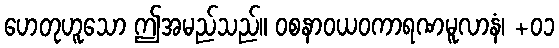
ဟေတုဟူသော ဤအမည်သည်။ ဝစနာဝယဝကာရဏမူလာနံ၊ +၀၁